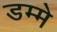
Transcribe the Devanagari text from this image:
डम्मे